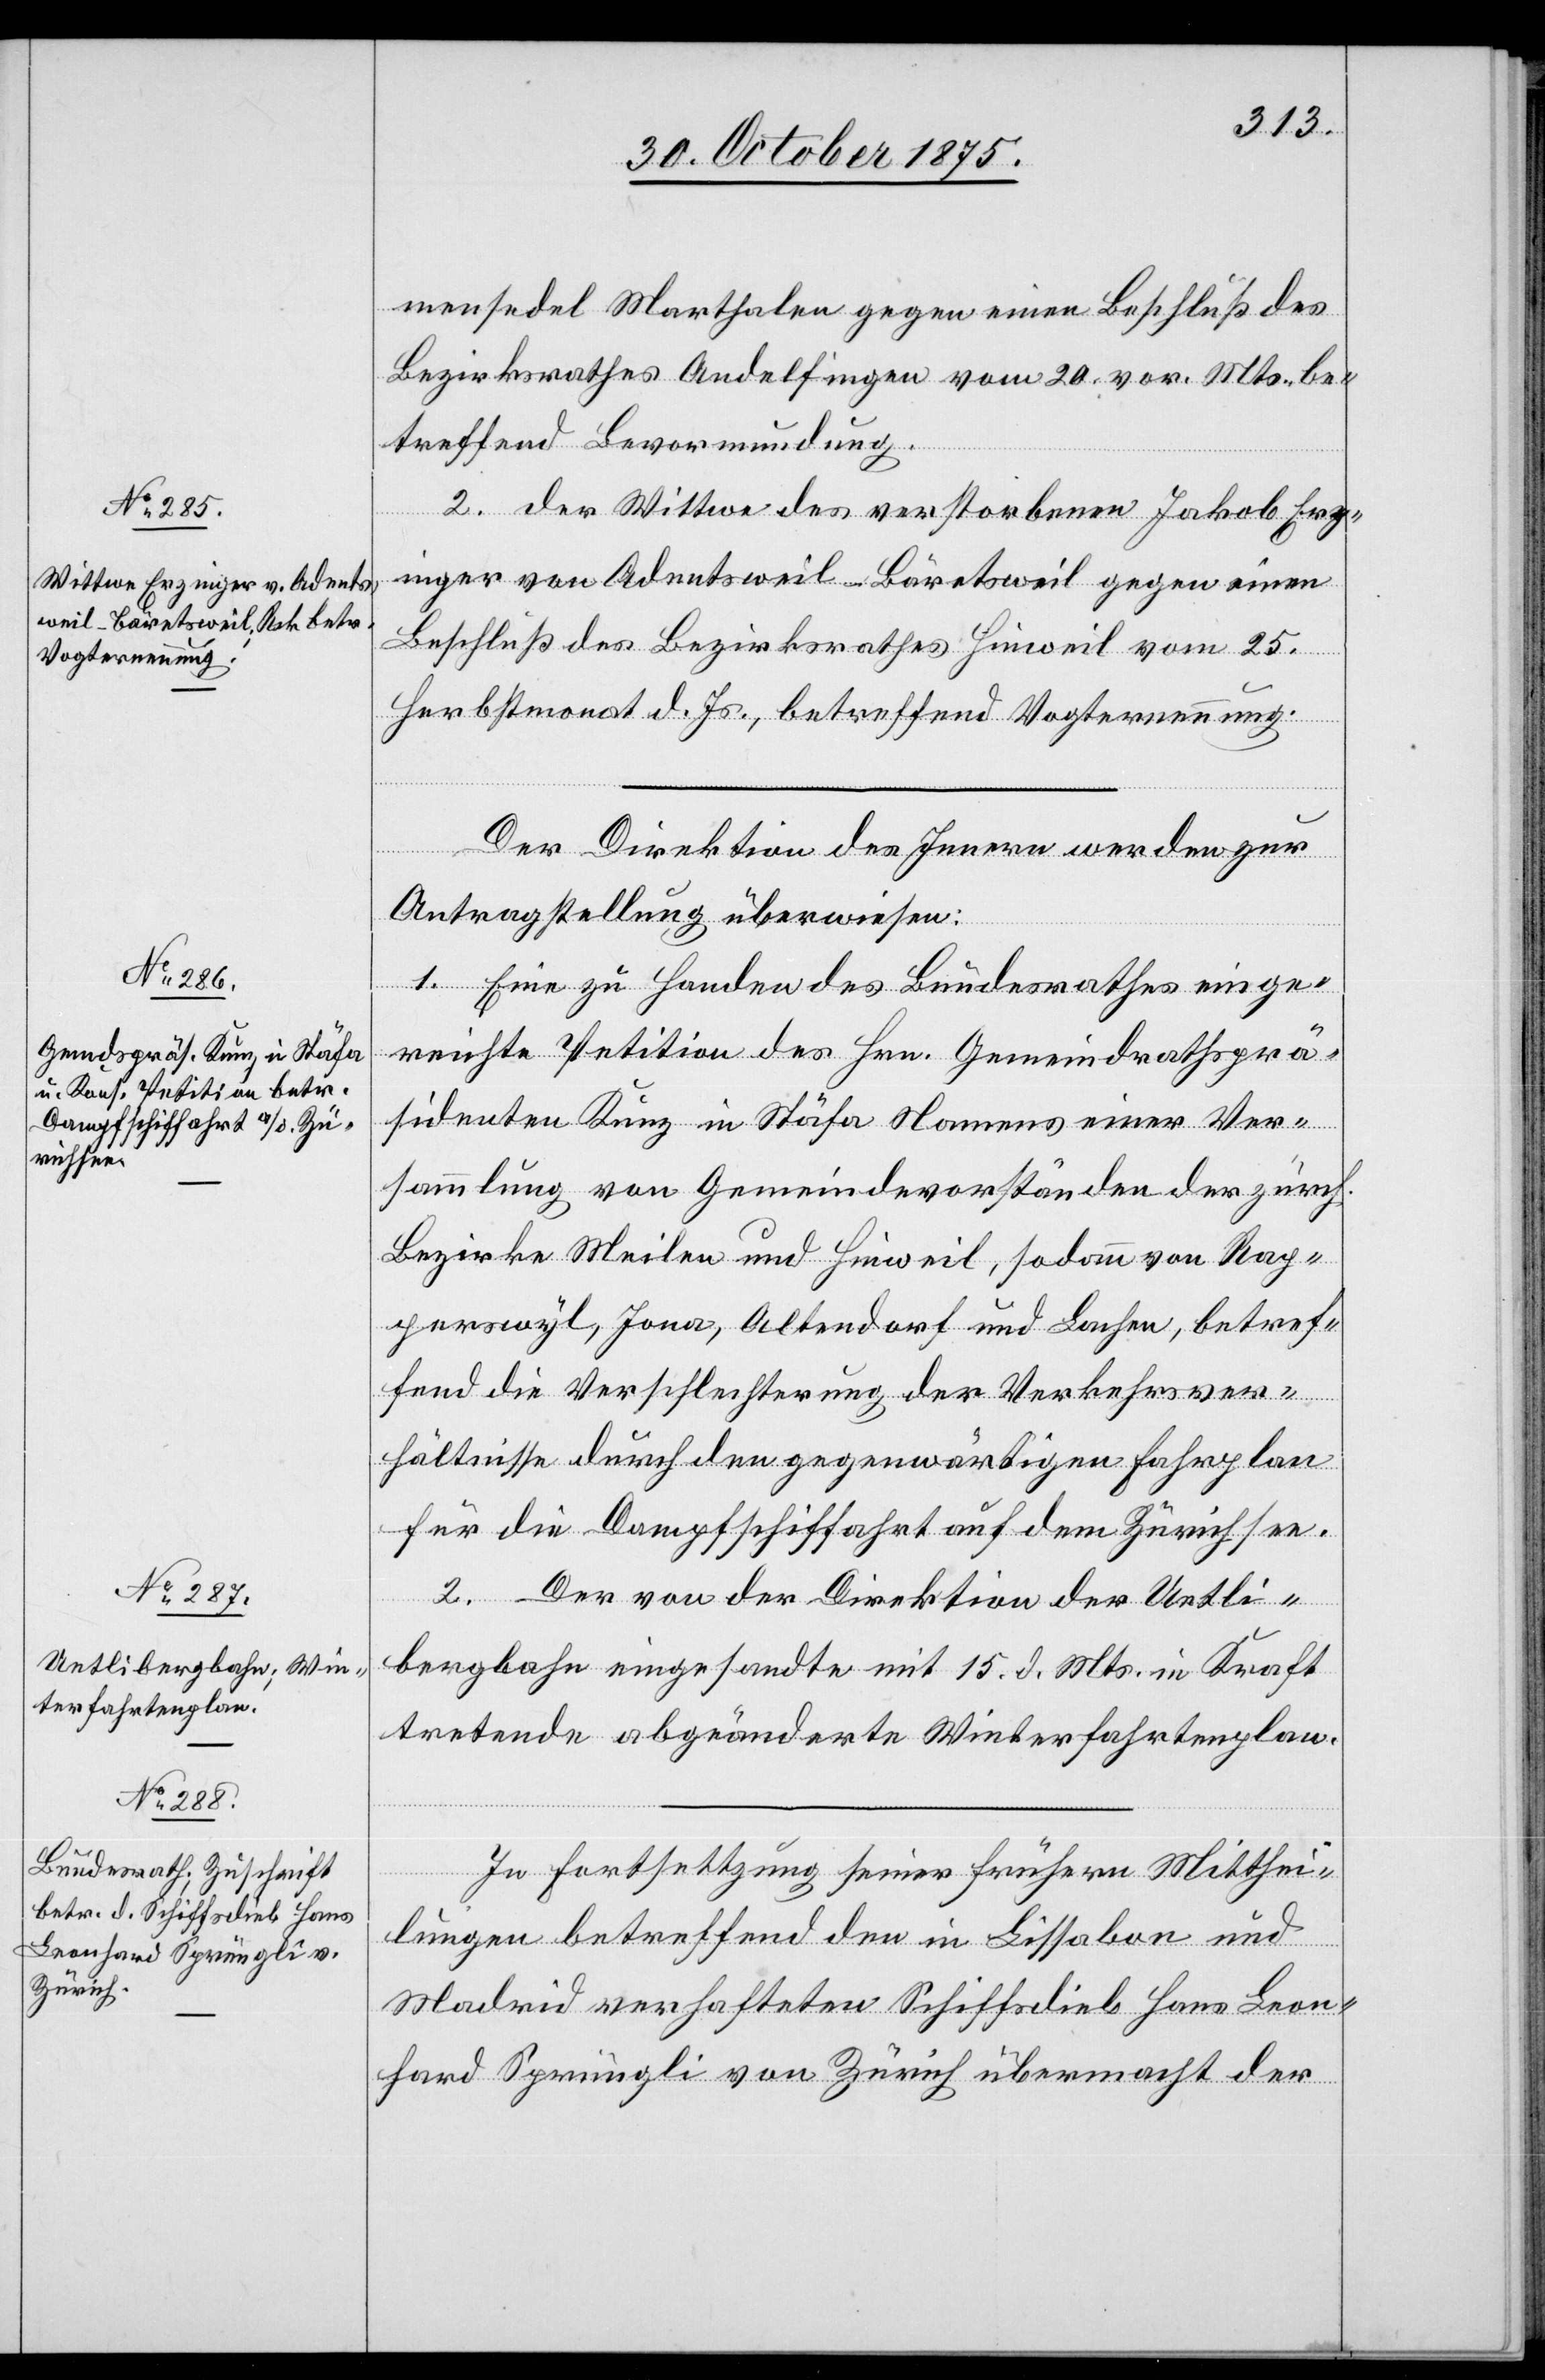
3. November 1875.]
mensedel Marthalen gegen einen Beschluß des
Bezirksrathes Andelfingen vom 20. vor. Mts. be¬
treffend Bevormundung.
2. der Wittwe des verstorbenen Jakob Erz¬
inger von Adentsweil - Bäretsweil gegen einen
Beschluß des Bezirksrathes Hinweil vom 25.
Herbstmonat d. Js., betreffend Vogternennung.
Der Direktion des Innern werden zur
Antragstellung überwiesen:
1. Eine zu Handen des Bundesrathes einge¬
reichte Petition des Hrn. Gemeindrathsprä¬
sidenten Kunz in Stäfa Namens einer Ver¬
sammlung von Gemeindevorständen der zürch.
Bezirke Meilen und Hinweil, sodann von Rap¬
perswyl, Jona, Altendorf und Lachen, betref¬
fend die Verschlechterung der Verkehrsver¬
hältnisse durch den gegenwärtigen Fahrplan
für die Dampfschiffahrt auf dem Zürichsee.
2. Der von der Direktion der Uetli¬
bergbahn eingesandte mit 15. d. Mts in Kraft
tretende abgeänderte Winterfahrtenplan.
In Fortsettzung [sic!] seiner frühern Mitthei¬
lungen betreffend den in Lissabon und
Madrid verhafteten Schiffsdieb Hans Leon¬
hard Sprüngli von Zürich übermacht der